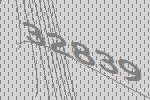
32839